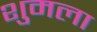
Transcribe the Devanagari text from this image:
शुमला